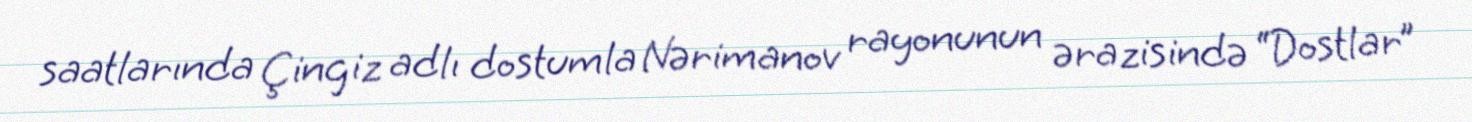
saatlarında Çingiz adlı dostumla Nərimanov rayonunun ərazisində “Dostlar”